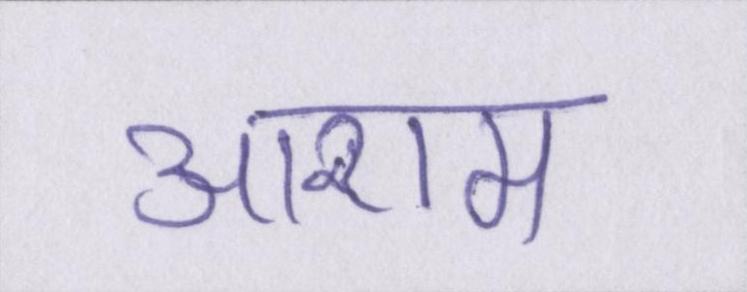
आराम